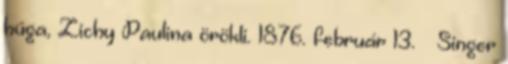
húga, Zichy Paulina örökli. 1876. február 13. – Singer